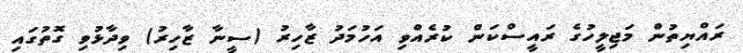
ރައްޔިތުން މަޖިލީހުގެ ރައީސްކަން ކުރެއްވި އަހުމަދު ޒާހިރު (ސީނާ ޒާހިރު) ވިދާޅުވި ގޮތުގައި